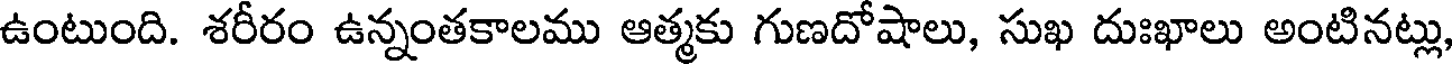
ఉంటుంది. శరీరం ఉన్నంతకాలము ఆత్మకు గుణదోషాలు, సుఖ దుఃఖాలు అంటినట్లు